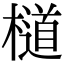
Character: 檤